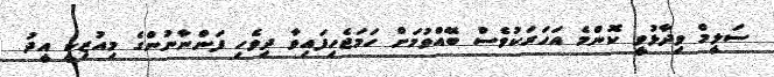
ސަލީމް ވިދާޅުވީ ކޮންމެ އަހަރަކުވެސް ބޭއްވުމަށް ހަމަޖެހިފައިވާ ދިވެހި ފަންނާނުންގެ މިއުޒިކީ އީދު